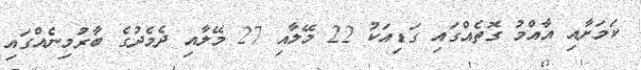
ކަމަށާއި އާއްމު ގޮތެއްގައި ގަޑިއަކު 22 މޭލާއި 27 މޭލާއި ދެމެދުގެ ބާރުމިނެއްގައި